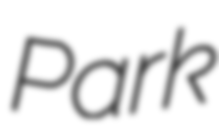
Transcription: Park